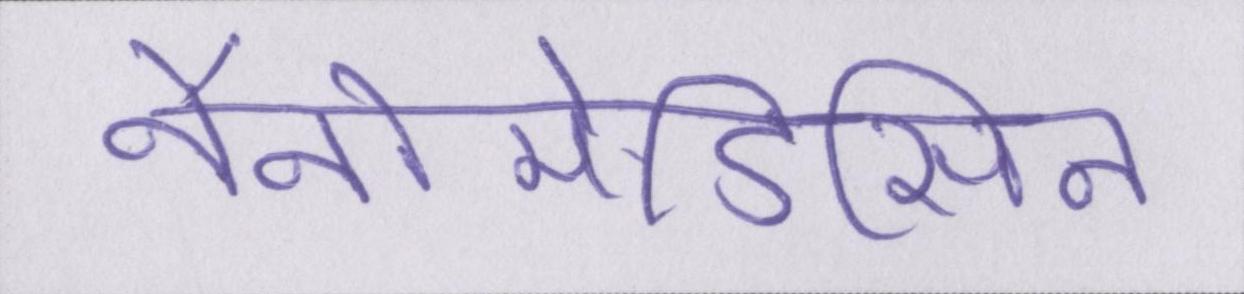
नैनोमेडिसिन